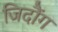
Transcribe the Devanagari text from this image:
जिदौंग